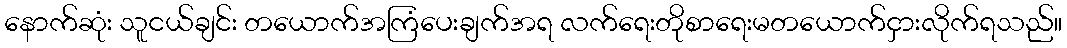
နောက်ဆုံး သူငယ်ချင်း တယောက်အကြံပေးချက်အရ လက်ရေးတိုစာရေးမတယောက်ငှားလိုက်ရသည်။